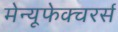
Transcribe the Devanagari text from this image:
मेन्यूफेक्चरर्स